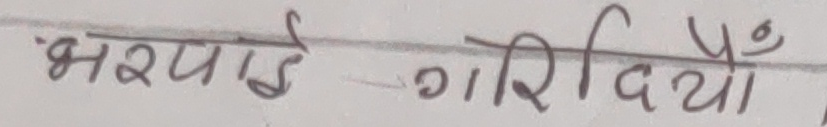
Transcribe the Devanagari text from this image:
भरपाई गरियो